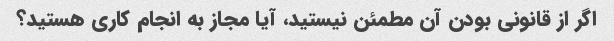
اگر از قانونی بودن آن مطمئن نیستید، آیا مجاز به انجام کاری هستید؟